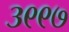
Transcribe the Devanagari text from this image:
३९९७